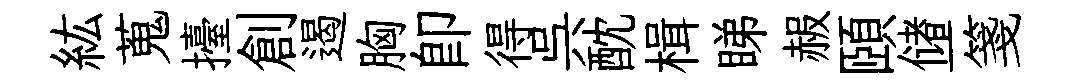
紘蒐擡創遏胸即得呉酖楫睇赧頤储一箋